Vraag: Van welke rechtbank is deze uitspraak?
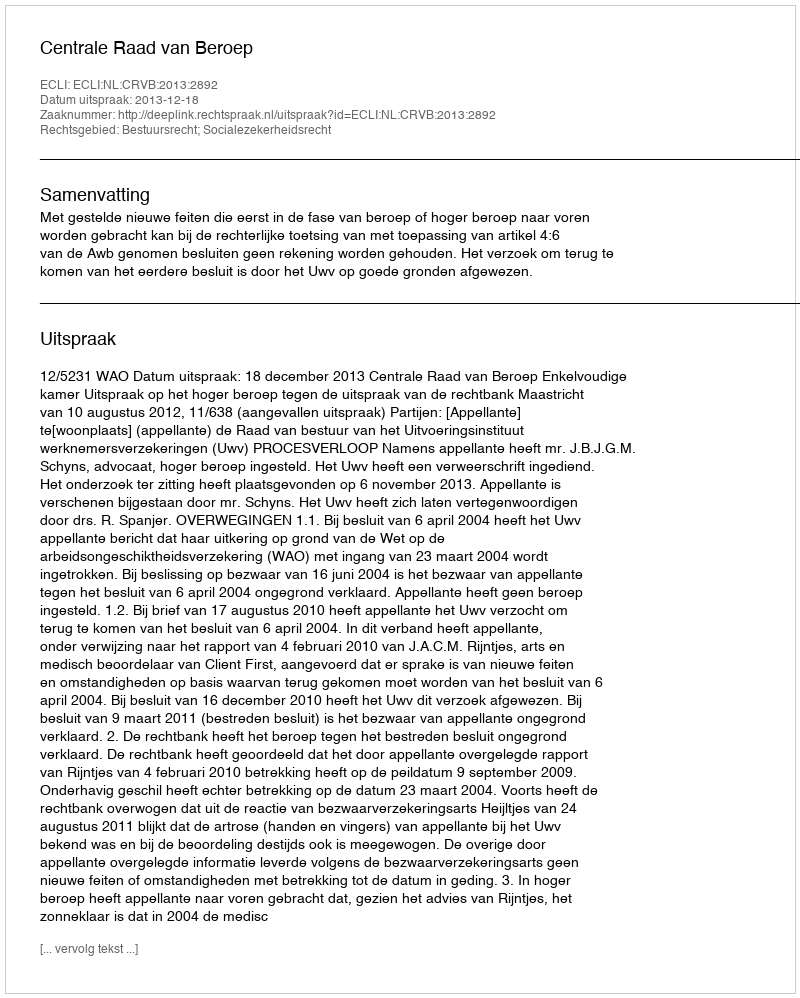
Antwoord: Centrale Raad van Beroep